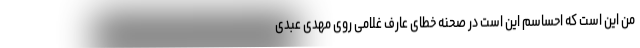
من این است که احساسم این است در صحنه خطای عارف غلامی روی مهدی عبدی